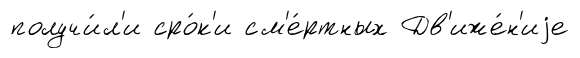
получи́л'и сро́к'и см'е́ртных Дв'иже́н'иjе